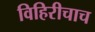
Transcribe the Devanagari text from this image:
विहिरीचाच